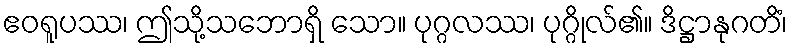
ဧဝရူပဿ၊ ဤသို့သဘောရှိ သော။ ပုဂ္ဂလဿ၊ ပုဂ္ဂိုလ်၏။ ဒိဋ္ဌာနုဂတိံ၊